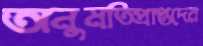
অনুমতিপ্রাপ্তদের